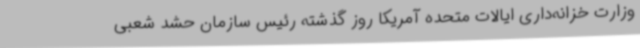
وزارت خزانه‌داری ایالات متحده آمریکا روز گذشته رئیس سازمان حشد شعبی